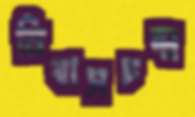
নিবাসচন্দ্র